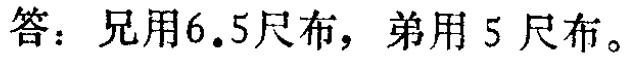
答：兄用6.5尺布，弟用5尺布。